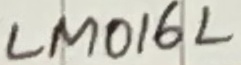
Text: LM016L